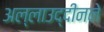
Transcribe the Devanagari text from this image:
अल्लाउद्दीनने